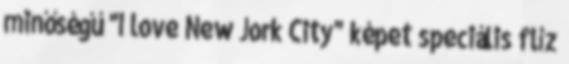
minőségű "I love New Jork City" képet speciális flíz